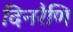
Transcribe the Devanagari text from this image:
दिनरैणि